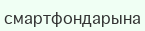
смартфондарына